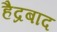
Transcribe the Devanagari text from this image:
हैद्रबाद